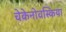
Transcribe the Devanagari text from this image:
चेकेनोवस्किया